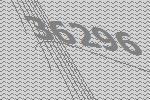
36296